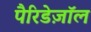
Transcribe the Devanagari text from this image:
पैरिडेज़ॉल